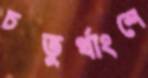
চতুর্থাংশে